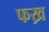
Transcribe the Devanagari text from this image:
फख्र